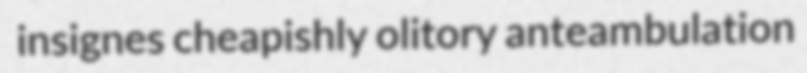
insignes cheapishly olitory anteambulation